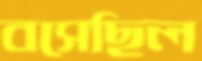
বসেছিল